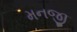
મનજી